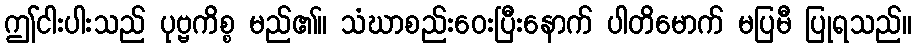
ဤငါးပါးသည် ပုဗ္ဗကိစ္စ မည်၏။ သံဃာစည်းဝေးပြီးနောက် ပါတိမောက် မပြမီ ပြုရသည်။